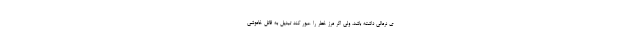
ی نرمالی داشته باشد، ولی اگر مرز خطر را عبور کند تبدیل به قاتل خاموشی